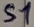
Text: S1